Annual report of the Punjab Veterinary College and of the Civil Veterinary Department, Punjab - 1909-1919
Year: 1909
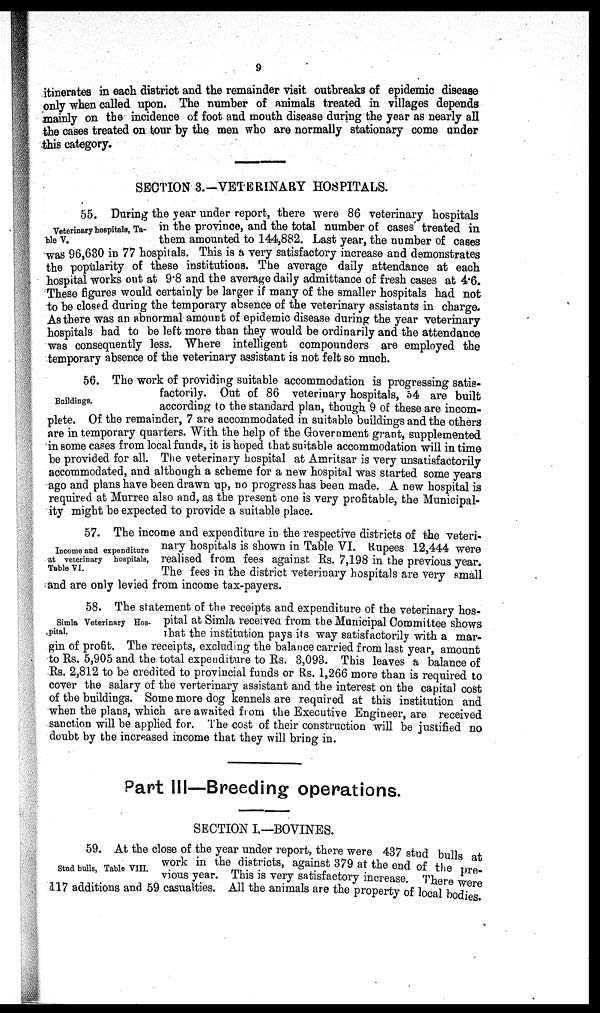
9
itinerates in each district and the remainder visit outbreaks of epidemic disease
only when called upon. The number of animals treated in villages depends
mainly on the incidence of foot and mouth disease during the year as nearly all
the cases treated on tour by the men who are normally stationary come under
this category.
SECTION 3.-VETERINARY HOSPITALS.
Veterinary hospitals, Ta-
ble V.
55. During the year under report, there were 86 veterinary hospitals
in the province, and the total number of cases treated in
them amounted to 144,882. Last year, the number of cases
was 96,630 in 77 hospitals. This is a very satisfactory increase and demonstrates
the popularity of these institutions. The average daily attendance at each
hospital works out at 9.8 and the average daily admittance of fresh cases at 4.6.
These figures would certainly be larger if many of the smaller hospitals had not
to be closed during the temporary absence of the veterinary assistants in charge.
As there was an abnormal amount of epidemic disease during the year veterinary
hospitals had to be left more than they would be ordinarily and the attendance
was consequently less. Where intelligent compounders are employed the
temporary absence of the veterinary assistant is not felt so much.
Buildings.
56. The work of providing suitable accommodation is progressing satis-
factorily. Out of 86 veterinary hospitals, 54 are built
according to the standard plan, though 9 of these are incom-
plete. Of the remainder, 7 are accommodated in suitable buildings and the others
are in temporary quarters. With the help of the Government grant, supplemented
in some cases from local funds, it is hoped that suitable accommodation will in time
be provided for all. The veterinary hospital at Amritsar is very unsatisfactorily
accommodated, and although a scheme for a new hospital was started some years
ago and plans have been drawn up, no progress has been made. A new hospital is
required at Murree also and, as the present one is very profitable, the Municipal-
ity might be expected to provide a suitable place.
Income and expenditure
at veterinary hospitals,
Table VI.
57. The income and expenditure in the respective districts of the veteri-
nary hospitals is shown in Table VI. Rupees 12,444 were
realised from fees against Rs. 7,198 in the previous year.
The fees in the district veterinary hospitals are very small
and are only levied from income tax-payers.
Simla Veterinary Hos-
pital.
58. The statement of the receipts and expenditure of the veterinary hos-
pital at Simla received from the Municipal Committee shows
that the institution pays its way satisfactorily with a mar-
gin of profit. The receipts, excluding the balance carried from last year, amount
to Rs. 5,905 and the total expenditure to Rs. 3,093. This leaves a balance of
Rs. 2,812 to be credited to provincial funds or Rs. 1,266 more than is required to
cover the salary of the verterinary assistant and the interest on the capital cost
of the buildings. Some more dog kennels are required at this institution and
when the plans, which are awaited from the Executive Engineer, are received
sanction will be applied for. The cost of their construction will be justified no
doubt by the increased income that they will bring in.
Part III—Breeding operations.
SECTION I.— BOVINES.
Stnd bulls, Table VIII.
59. At the close of the year under report, there were 437 stud bulls at
work in the districts, against 379 at the end of the pre-
vious year. This is very satisfactory increase. There were
117 additions and 59 casualties. All the animals are the property of local bodies.